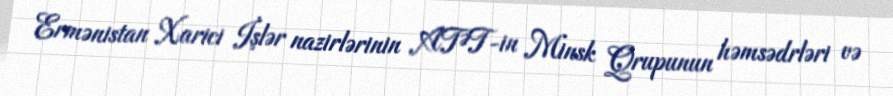
Ermənistan Xarici İşlər nazirlərinin ATƏT-in Minsk Qrupunun həmsədrləri və